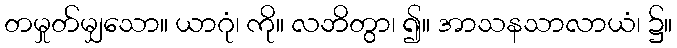
တမှုတ်မျှသော။ ယာဂုံ၊ ကို။ လဘိတွာ၊ ၍။ အာသနသာလာယံ၊ ၌။